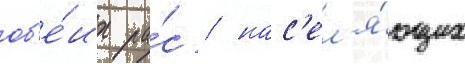
об'е́их ра́с / нас'ел'я́ющих